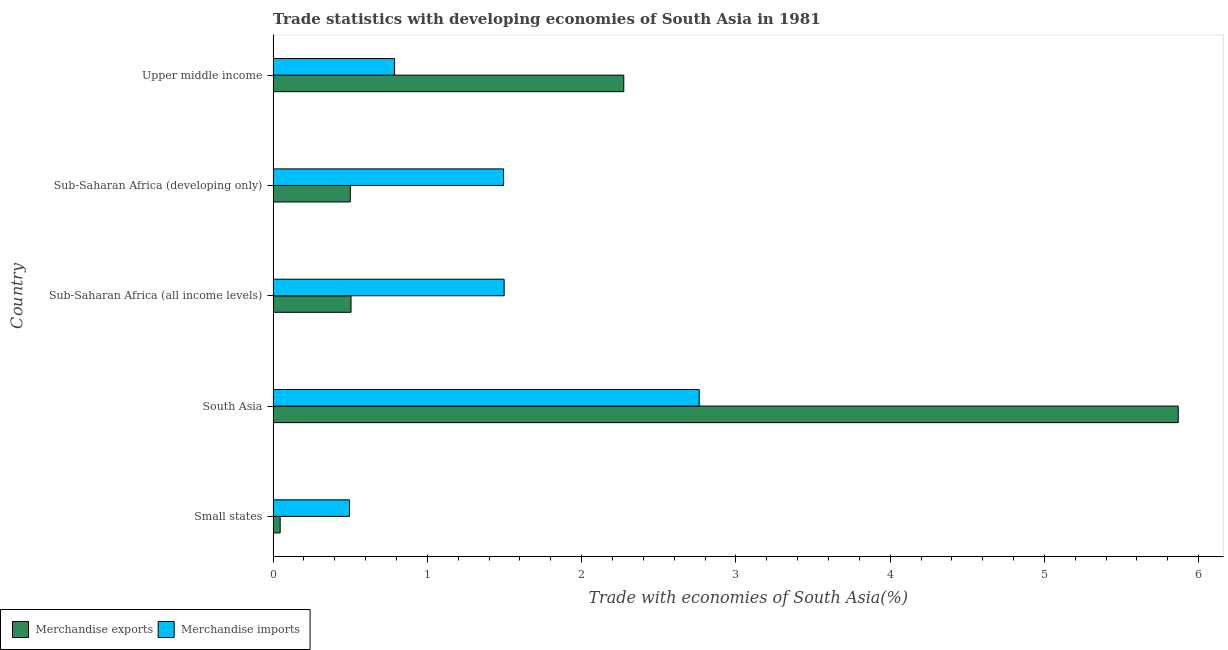
| Country | Merchandise exports | Merchandise imports |
 | --- | --- | --- |
 | Small states | 0.0458 | 0.495 |
 | South Asia | 5.87 | 2.76 |
 | Sub-Saharan Africa (all income levels) | 0.505 | 1.5 |
 | Sub-Saharan Africa (developing only) | 0.5 | 1.49 |
 | Upper middle income | 2.27 | 0.787 |